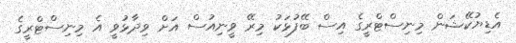
އެޑިޔުކޭޝަން މިނިސްޓްރީގެ އިސް ބޭފުޅަކު މިރޭ ވީނިއުސް އަށް ވިދާޅުވީ އެ މިނިސްޓްރީގެ